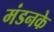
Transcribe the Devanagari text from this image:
मंडनके